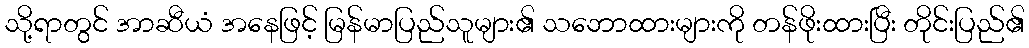
သို့ရာတွင် အာဆီယံ အနေဖြင့် မြန်မာပြည်သူများ၏ သဘောထားများကို တန်ဖိုးထားပြီး တိုင်းပြည်၏